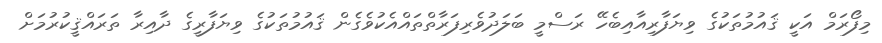
މިފޯރަމް އަކީ ޤައުމުތަކުގެ ވިޔަފާރިއާއިބެހޭ ރަސްމީ ބަލަދުވެރިފަރާތްތައްއެކުވެގެން ޤައުމުތަކުގެ ވިޔަފާރީގެ ދާއިރާ ތަރައްޤީކުރުމަށް